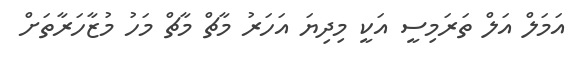
އަމަލް އަލް ތަރަމިސީ އަކީ މިދިޔަ އަހަރު މާޗް މާޗް މަހު މުޒާހަރާތަށް